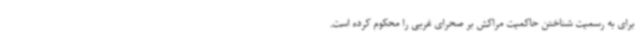
برای به رسمیت شناختن حاکمیت مراکش بر صحرای غربی را محکوم کرده است.